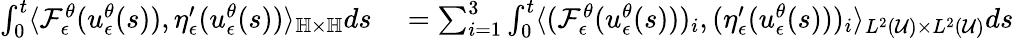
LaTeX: \begin{array}{rl}{\int_{0}^{t}\langle\mathcal{F}_{\epsilon}^{\theta}(u_{\epsilon}^{\theta}(s)),\eta_{\epsilon}^{\prime}(u_{\epsilon}^{\theta}(s))\rangle_{\mathbb{H}\times\mathbb{H}}ds}&{{}=\sum_{i=1}^{3}\int_{0}^{t}\langle(\mathcal{F}_{\epsilon}^{\theta}(u_{\epsilon}^{\theta}(s)))_{i},(\eta_{\epsilon}^{\prime}(u_{\epsilon}^{\theta}(s)))_{i}\rangle_{L^{2}(\mathcal{U})\times L^{2}(\mathcal{U})}ds}\end{array}